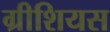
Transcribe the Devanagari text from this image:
ग्रीशियस